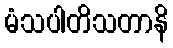
မံသပါတိသတာနိ